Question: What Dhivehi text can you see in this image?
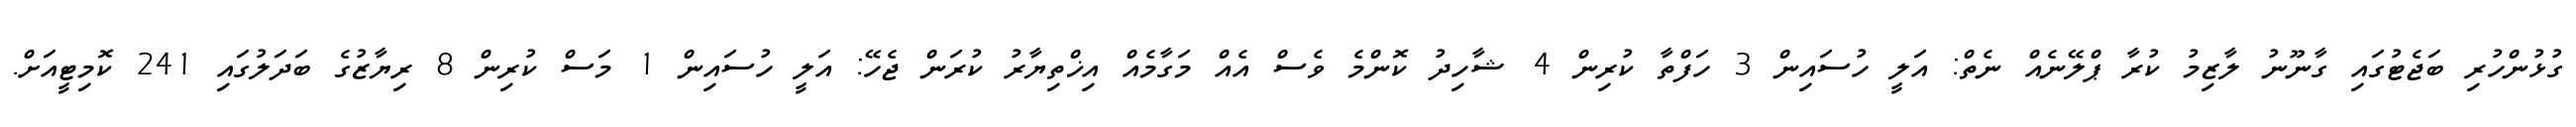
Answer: ގުޅުންހުރި ބަޖެޓުގައި ގާނޫނު ލާޒިމު ކުރާ ޕްލޭނެއް ނެތް: އަލީ ހުސައިން 3 ހަފްތާ ކުރިން 4 ޝާހިދު ކޮންމެ ވެސް އެއް މަގާމެއް އިޚްތިޔާރު ކުރަން ޖެހޭ: އަލީ ހުސައިން 1 މަސް ކުރިން 8 ރިޔާޒުގެ ބަދަލުގައި 241 ކޮމިޓީއަށް.